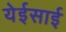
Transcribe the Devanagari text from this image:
येईसाई